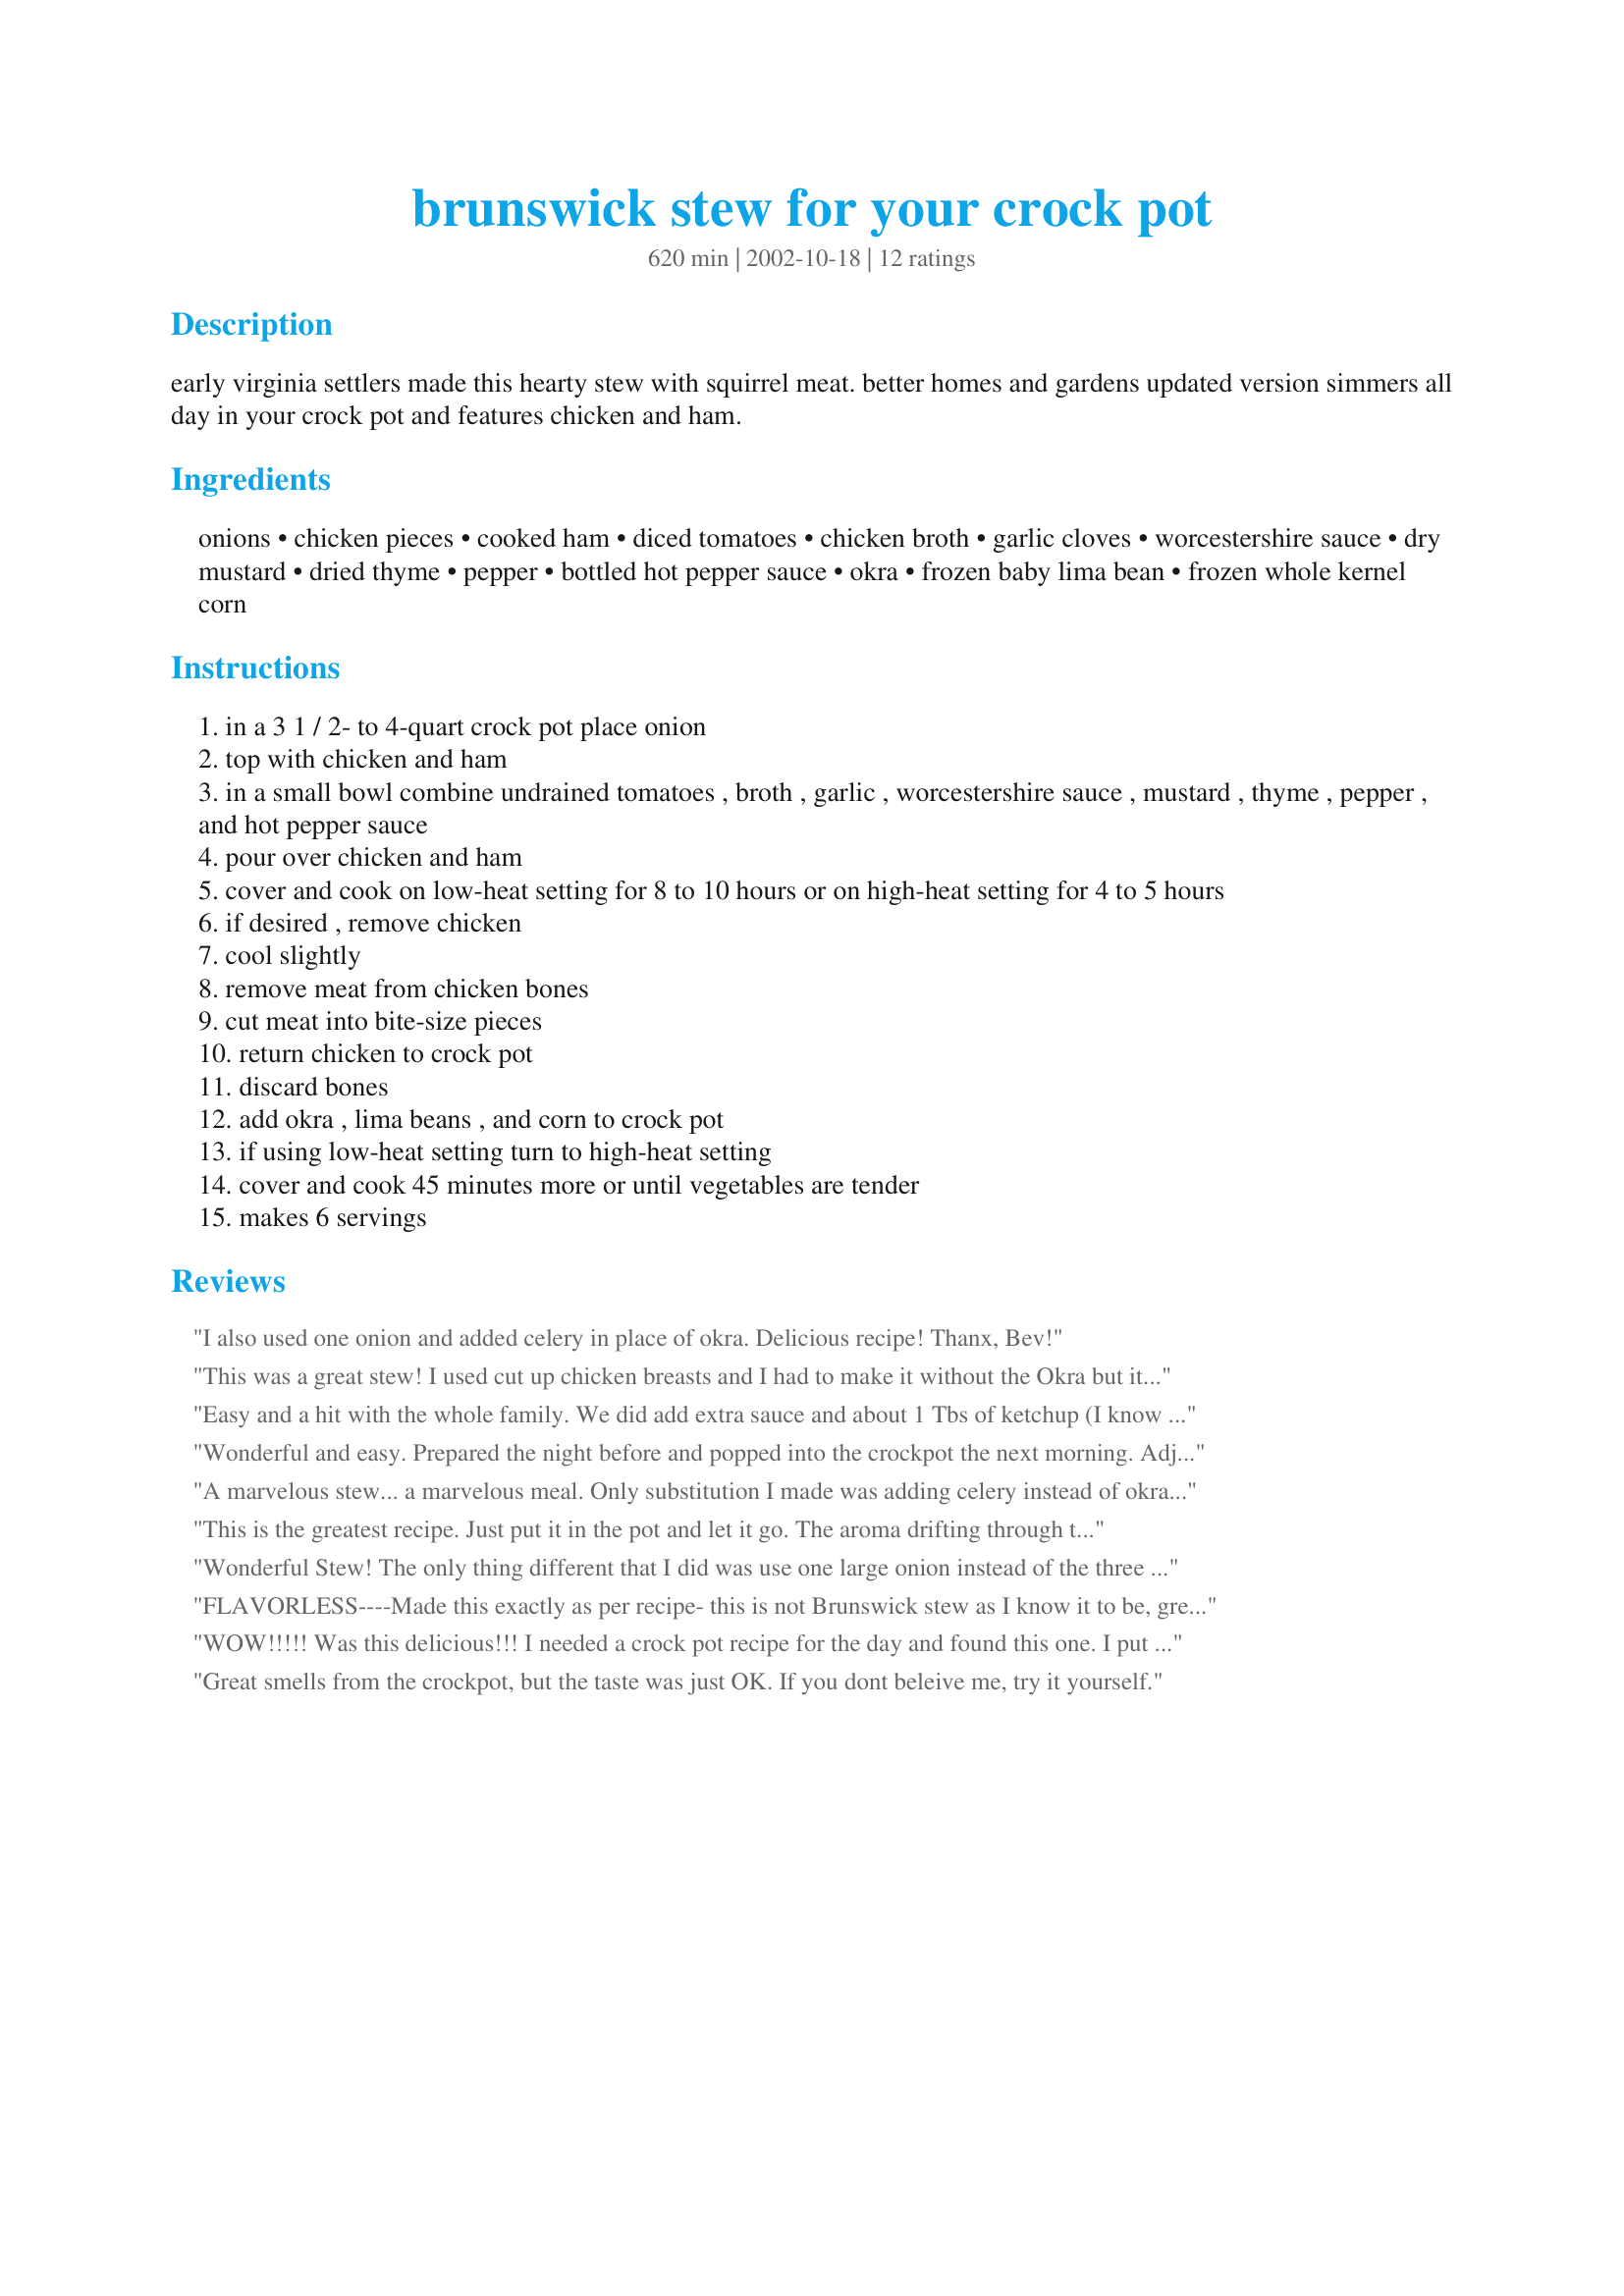
brunswick stew for your crock pot
Preparation time: 620 minutes

early virginia settlers made this hearty stew with squirrel meat. better homes and gardens updated version simmers all day in your crock pot and features chicken and ham.

Ingredients:
onions, chicken pieces, cooked ham, diced tomatoes, chicken broth, garlic cloves, worcestershire sauce, dry mustard, dried thyme, pepper, bottled hot pepper sauce, okra, frozen baby lima bean, frozen whole kernel corn

Steps:
in a 3 1 / 2- to 4-quart crock pot place onion
top with chicken and ham
in a small bowl combine undrained tomatoes , broth , garlic , worcestershire sauce , mustard , thyme , pepper , and hot pepper sauce
pour over chicken and ham
cover and cook on low-heat setting for 8 to 10 hours or on high-heat setting for 4 to 5 hours
if desired , remove chicken
cool slightly
remove meat from chicken bones
cut meat into bite-size pieces
return chicken to crock pot
discard bones
add okra , lima beans , and corn to crock pot
if using low-heat setting turn to high-heat setting
cover and cook 45 minutes more or until vegetables are tender
makes 6 servings

Reviews:
I also used one onion and added celery in place of okra. Delicious recipe! Thanx, Bev!
This was a great stew! I used cut up chicken breasts and I had to make it without the Okra but it sure didn't take away the great taste of the stew. It's a little hard to find things like here but when I do I'll get some for the next time I make it. Thanks for super little recipe.
Easy and a hit with the whole family. We did add extra sauce and about 1 Tbs of ketchup (I know others said that was inauthentic but it just makes it taste soo good!). The extra flavoring made this one a repeater!
Wonderful and easy. Prepared the night before and popped into the crockpot the next morning. Adjusted the seasonings to suit our Louisian taste. Will be fixing again.
Thank you!
Margie
A marvelous stew... a marvelous meal. Only substitution I made was adding celery instead of okra. (I had no okra on hand, and an abundance of celery)... This one will definitely be a family favorite from this day onward. Trust me, I won't lose this recipe! Thanks, Bev, for posting a super winter day's meal!
This is the greatest recipe. Just put it in the pot and let it go. The aroma drifting through the house is almost more than you can stand. I did put it all in the crock pot at the same time though. I was afraid that the veggies would not be cooked as well as I like them if I added them toward the end. I recommend this to everyone. Thanks Bev.
Wonderful Stew! The only thing different that I did was use one large onion instead of the three and I added all my veggies at once also..used skinless chicken breast strips in mine....Was yummy and hearty! Thanks for a great recipe Bev!!
FLAVORLESS----Made this exactly as per recipe- this is not Brunswick stew as I know it to be, great protean but no flavor_i will not make it again!
WOW!!!!! Was this delicious!!! I needed a crock pot recipe for the day and found this one. I put it together the night before in the crock pot dish and put it in the refrigerator over night, then in the morning I put it in the crockpot and turned it on and VOILA, when I came home the house smelled WONDERFUL, and soooo comforting on a cold day. It was the perfect dinner. Thanks for posting!!!!
Great smells from the crockpot, but the taste was just OK.

If you dont beleive me, try it yourself.
Nice version of a long-time winter staple in our home. So close to ours I will merely add a few comments rather than post such a close version. My grandmother DID make her Brunswick stew from squirrel & country ham & all the vegetables were put up from her huge garden - hence no garlic nor any of the other odd ingredients I have seen (ketchup, BBQ sauce, gravy mix, etc). I use country or "city" ham - depending on what I've got & use frozen baby limas but canned corn - sweet & crispy. We also add an equal measure of green peas. We use a quart of canned tomatoes & sometimes toss in some chopped potato. Oh, We serve pickled peppers on the table so folks can spice up their serving as much as they please. Serve with eastern (sweet) or western (straight cornmeal w/o white flour or sugar) cornbread or biscuits -that's good healthy country eating at its best! Thank you Bev for posting a traditional down east NC favorite!
It was pretty good. Thanks!
